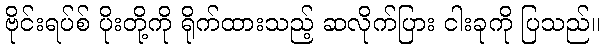
ဗိုင်းရပ်စ် ပိုးတို့ကို ရိုက်ထားသည့် ဆလိုက်ပြား ငါးခုကို ပြသည်။